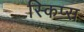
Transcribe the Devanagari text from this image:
स्किप्स